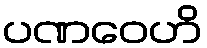
ပဏဝေဟိ